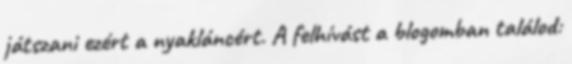
játszani ezért a nyakláncért. A felhívást a blogomban találod: